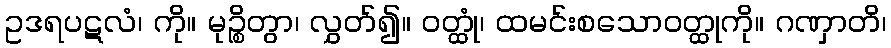
ဥဒရပဋလံ၊ ကို။ မုဉ္စိတွာ၊ လွှတ်၍။ ဝတ္ထုံ၊ ထမင်းစသောဝတ္ထုကို။ ဂဏှာတိ၊